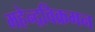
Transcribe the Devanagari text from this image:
महेन्द्रविक्रमन